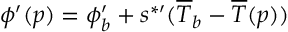
\phi ^ { \prime } ( p ) = \phi _ { b } ^ { \prime } + s ^ { * \prime } ( \overline { { T } } _ { b } - \overline { { T } } ( p ) )